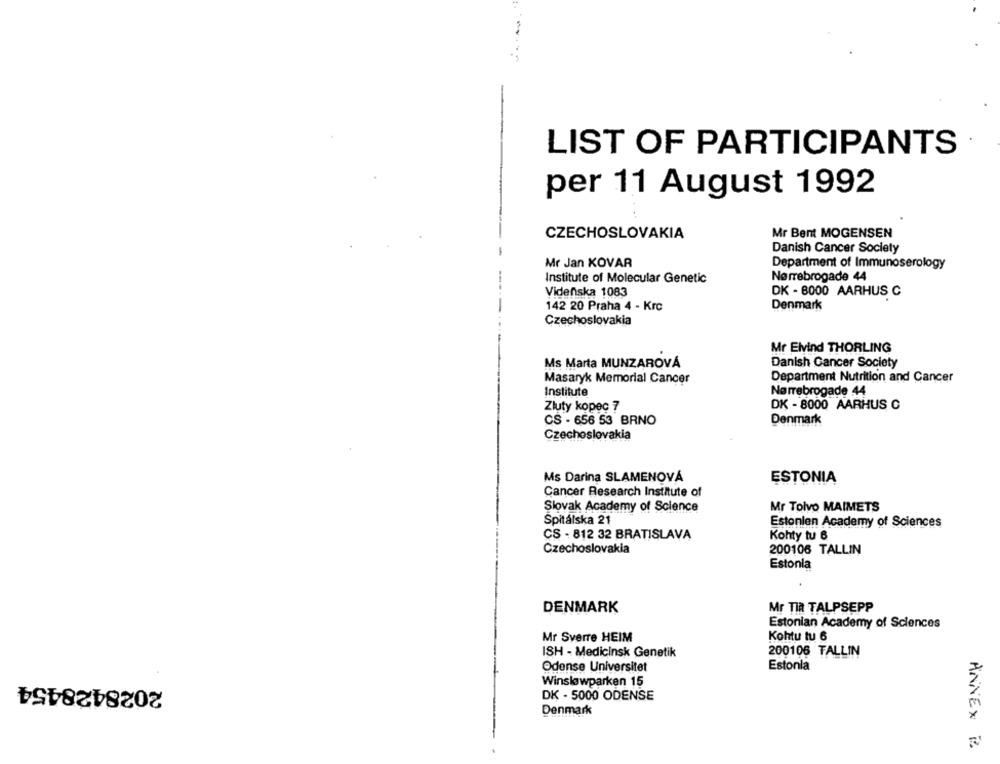
LIST OF PARTICIPANTS
per 11 August 1992
CZECHOSLOVAKIA
Mr Bent MOGENSEN
Danish Cancer Society
Mr Jan KOVAR
Department of Immunoserology
Nørrebrogade 44
Institute of Molecular Genetic
---
Videnska 1083
DK - 8000 AARHUS C
-
142 20 Praha 4 - Krc
Denmark
Czechoslovakia
Mr Eivind THORLING
Ms Marta MUNZAROVÁ
Danish Cancer Society
Masaryk Memorial Cancer
Department Nutrition and Cancer
Institute
Nørrebrogade 44
Zluty kopec 7
DK - 8000 AARHUS C
CS - 656 53 BRNO
Denmark
Czechoslovakia
Ms Darina SLAMENOVÁ
ESTONIA
Cancer Research Institute of
Slovak Academy of Science
Mr Tolvo MAIMETS
Spitálska 21
Estonien Academy of Sciences
CS - 812 32 BRATISLAVA
Kohty tu 6
Czechoslovakia
200106 TALLIN
Estonia
DENMARK
Mr TIa TALPSEPP
Estonian Academy of Sciences
Mr Sverre HEIM
Kohtu tu 6
ISH - Medicinsk Genetik
200106 TALLIN
Odense Universitet
Estonia
2028428454
Winsløwparken 15
DK - 5000 ODENSE
Denmark
ANNEX B